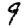
Digit: 9